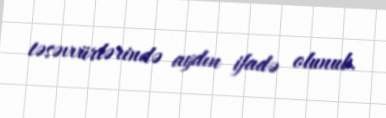
təsəvvürlərində aydın ifadə olunub.